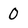
Character: 0